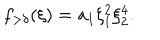
f _ { > \delta } ( \xi ) = a _ { 1 } \xi _ { 1 } ^ { 2 } \xi _ { 2 } ^ { 4 } .